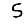
Digit: 5